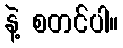
နဲ့ စတင်ပါ။